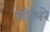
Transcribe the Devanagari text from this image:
लोअरे